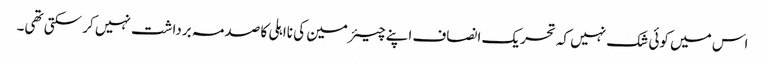
اس میں کوئی شک نہیں کہ تحریک انصاف اپنے چیئرمین کی نااہلی کا صدمہ برداشت نہیں کر سکتی تھی۔